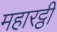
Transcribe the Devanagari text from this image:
महारट्ठी